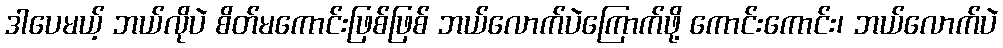
ဒါပေမယ့် ဘယ်လိုပဲ စိတ်မကောင်းဖြစ်ဖြစ် ဘယ်လောက်ပဲကြောက်ဖို့ ကောင်းကောင်း၊ ဘယ်လောက်ပဲ